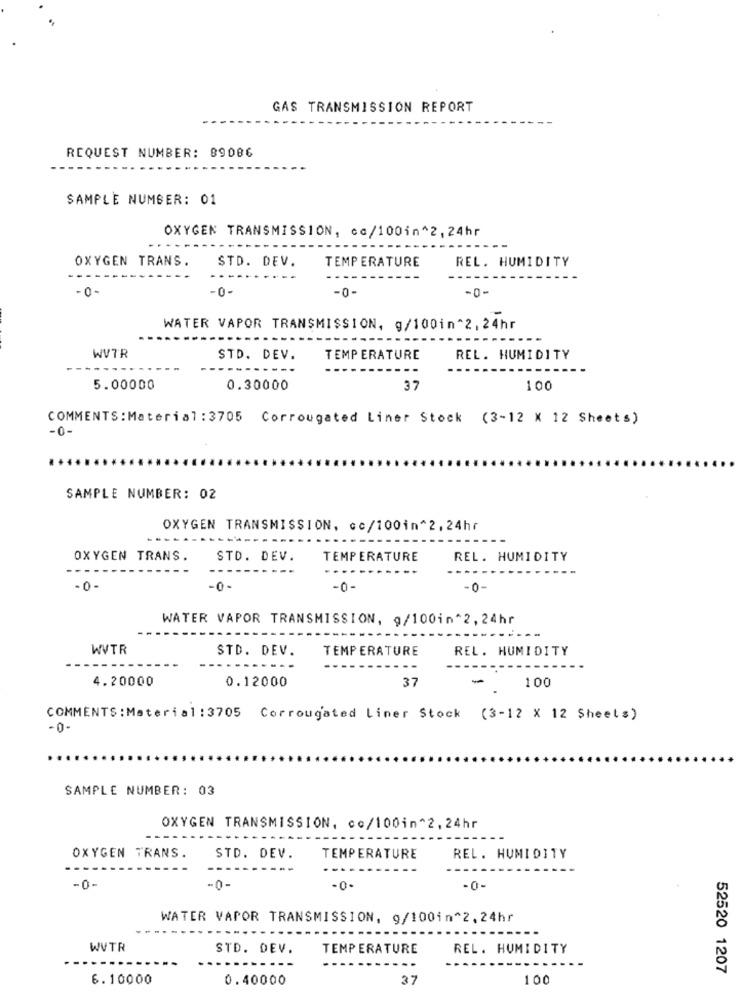
GAS TRANSMISSION REPORT
REQUEST NUMBER: 09086
SAMPLE NUMBER: 01
OXYGEN TRANSMISSION, co/100in^2, 24hr
OXYGEN TRANS.
STD. DEV.
TEMPERATURE
REL. HUMIDITY
- 0 -
-0-
-0-
-0-
WATER VAPOR TRANSMISSION, g/100in ^2, 24hr
WVTR
STD. DEV.
TEMPERATURE
REL. HUMIDITY
5.00000
0.30000
37
100
COMMENTS: Material :3705 Corrougated Liner Stock (3-12 X 12 Sheets)
-0-
SAMPLE NUMBER: 02
OXYGEN TRANSMISSION, cc/100in^ 2,24hr
OXYGEN TRANS.
STD. DEV.
TEMPERATURE
REL. HUMIDITY
- 0-
-0-
-0-
-0-
WATER VAPOR TRANSMISSION, g/100in*2, 24hr
WVTR
STD. DEV.
TEMPERATURE
REL. HUMIDITY
4.20000
37
-
100
0.12000
COMMENTS: Material :3705 Corrougated Liner Stock (3-12 X 12 Sheets)
-0-
SAMPLE NUMBER: 03
OXYGEN TRANSMISSION, co/100in ^2, 24hr
OXYGEN TRANS.
STD. DEV.
TEMPERATURE
REL. HUMIDITY
-0-
-0-
-0-
WATER VAPOR TRANSMISSION, 9/100in^2, 24hr
WVTR
STD. DEV.
TEMPERATURE
REL. HUMIDITY
52520 1207
6.10000
0.40000
37
100